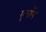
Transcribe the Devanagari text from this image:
एचॉप